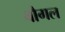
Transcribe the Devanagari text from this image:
बौगल